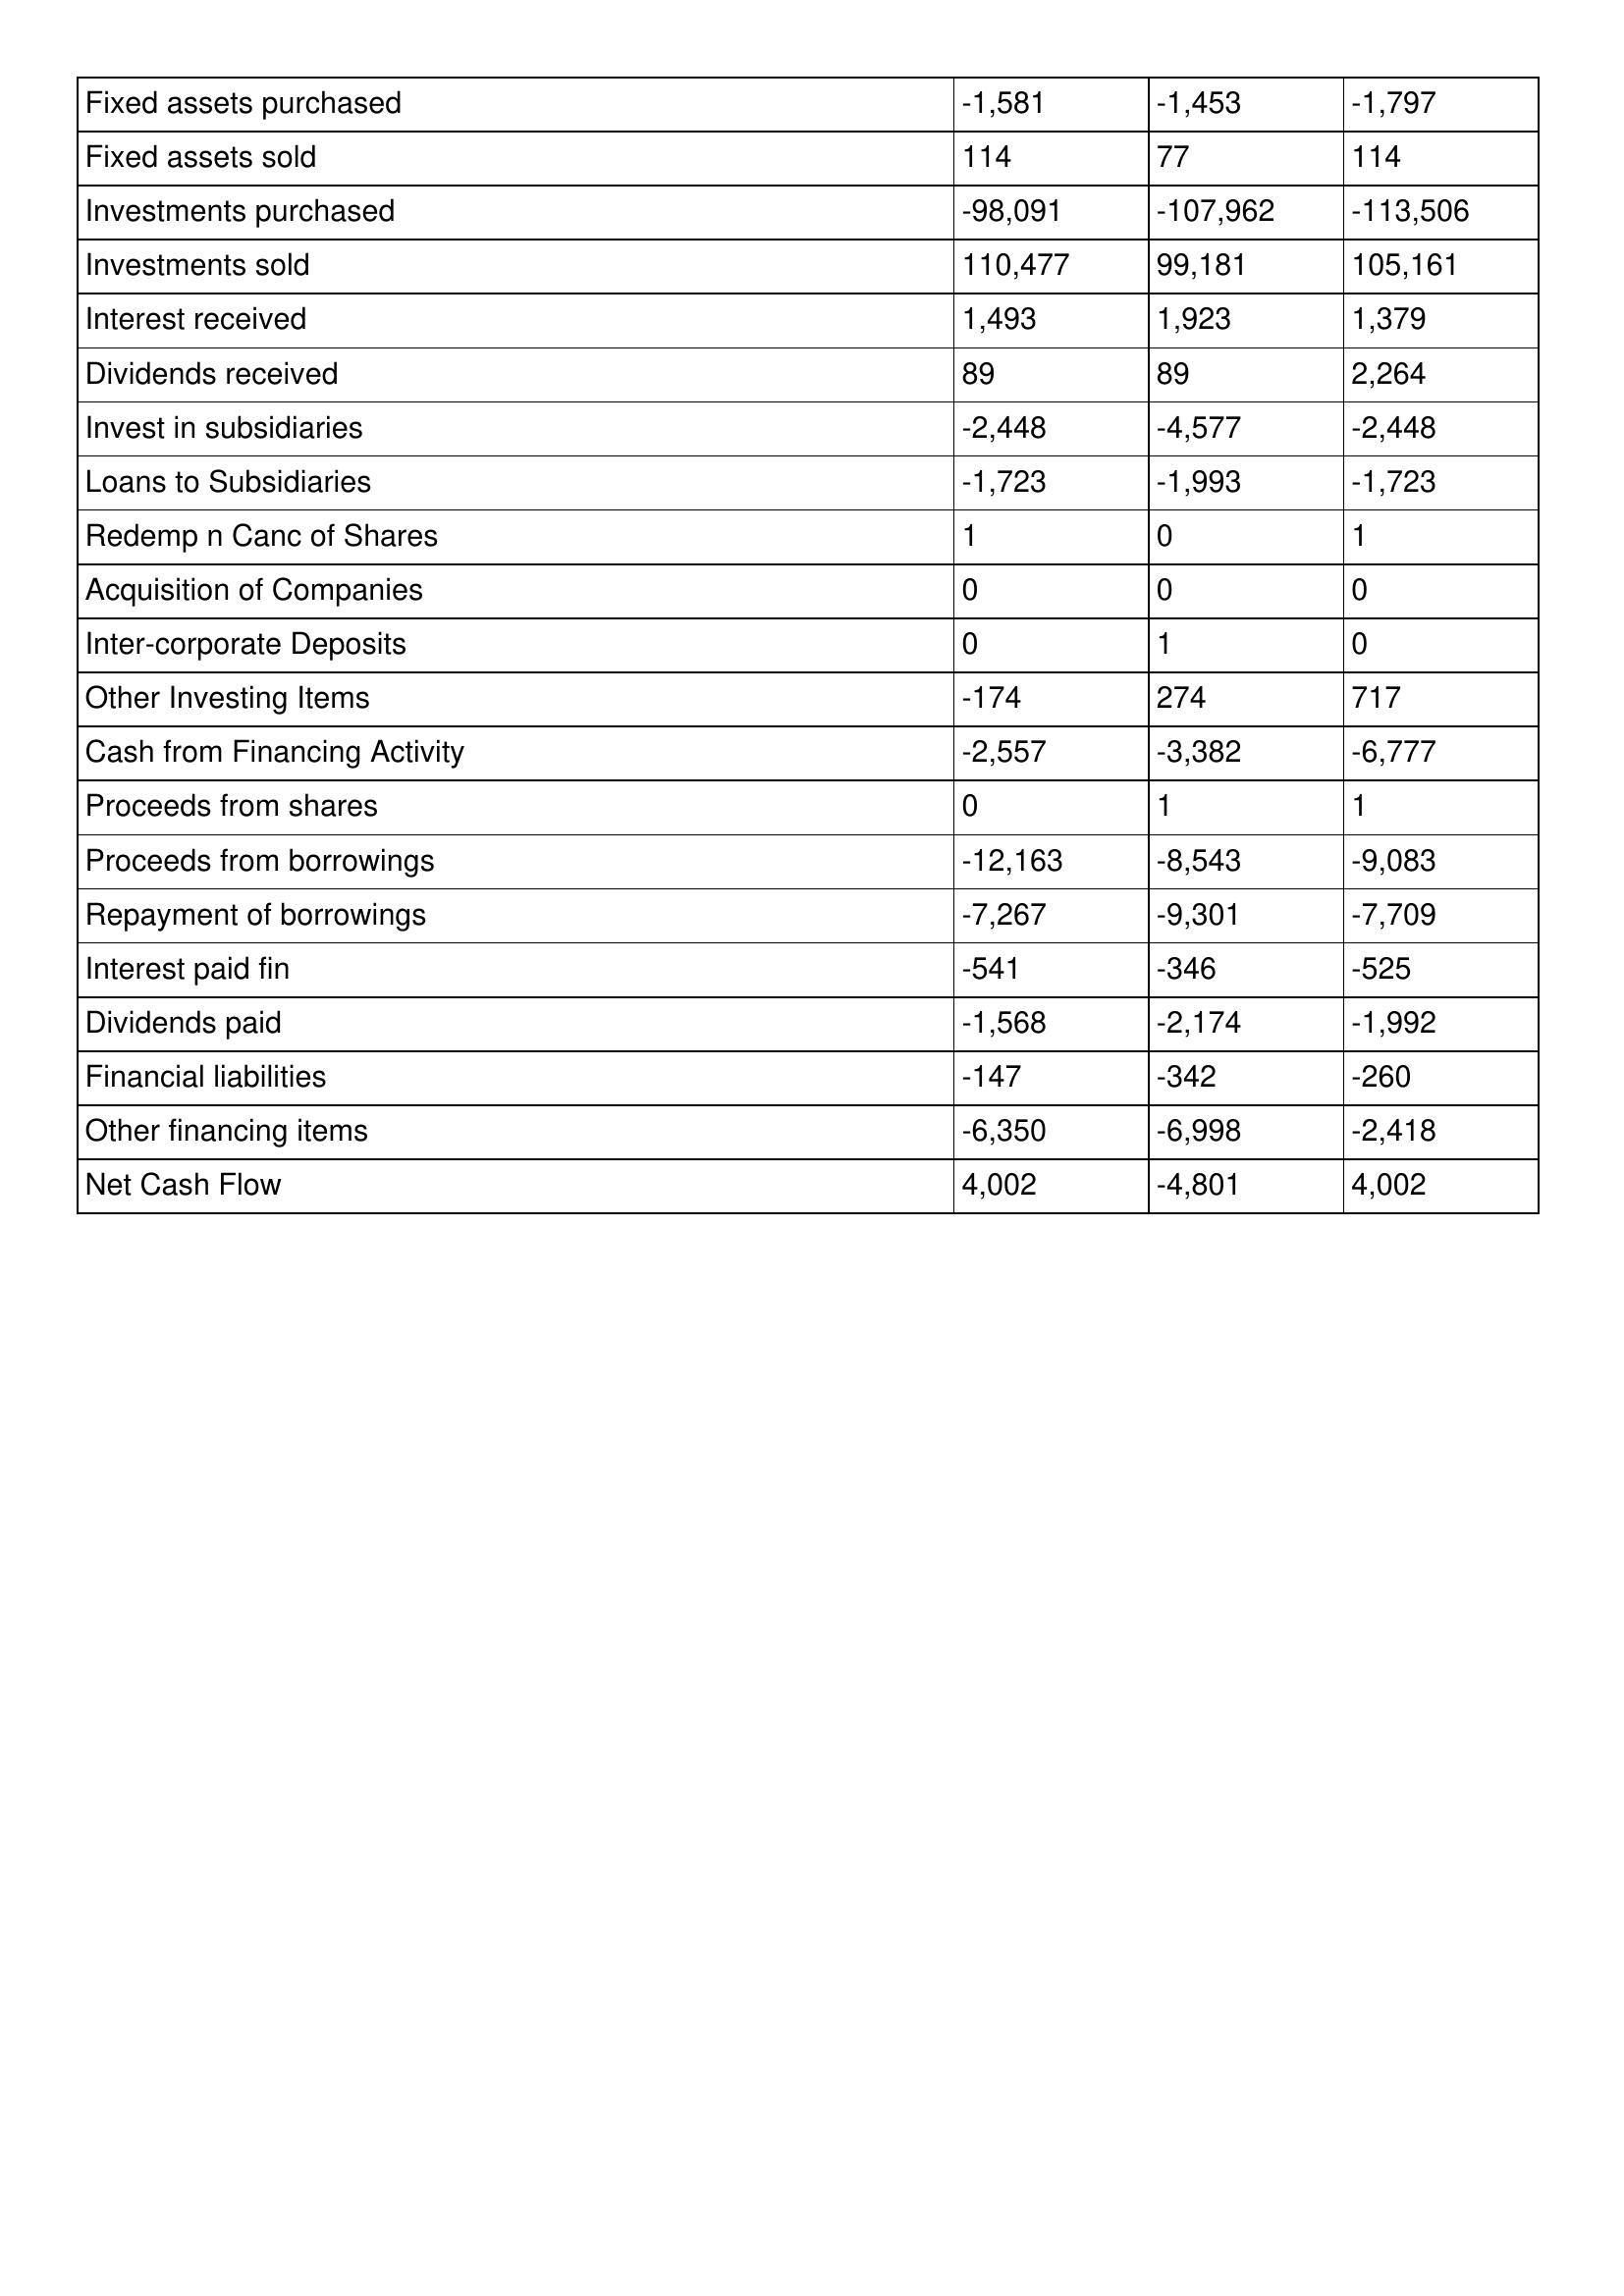
gt_parse: 1993: Cash Flows: Fixed assets purchased: -1,581
Fixed assets sold: 114
Investments purchased: -98,091
Investments sold: 110,477
Interest received: 1,493
Dividends received: 89
Invest in subsidiaries: -2,448
Loans to Subsidiaries: -1,723
Redemp n Canc of Shares: 1
Acquisition of Companies: 0
Inter-corporate Deposits: 0
Other Investing Items: -174
Cash from Financing Activity: -2,557
Proceeds from shares: 0
Proceeds from borrowings: -12,163
Repayment of borrowings: -7,267
Interest paid fin: -541
Dividends paid: -1,568
Financial liabilities: -147
Other financing items: -6,350
Net Cash Flow: 4,002
1992: Cash Flows: Fixed assets purchased: -1,453
Fixed assets sold: 77
Investments purchased: -107,962
Investments sold: 99,181
Interest received: 1,923
Dividends received: 89
Invest in subsidiaries: -4,577
Loans to Subsidiaries: -1,993
Redemp n Canc of Shares: 0
Acquisition of Companies: 0
Inter-corporate Deposits: 1
Other Investing Items: 274
Cash from Financing Activity: -3,382
Proceeds from shares: 1
Proceeds from borrowings: -8,543
Repayment of borrowings: -9,301
Interest paid fin: -346
Dividends paid: -2,174
Financial liabilities: -342
Other financing items: -6,998
Net Cash Flow: -4,801
1991: Cash Flows: Fixed assets purchased: -1,797
Fixed assets sold: 114
Investments purchased: -113,506
Investments sold: 105,161
Interest received: 1,379
Dividends received: 2,264
Invest in subsidiaries: -2,448
Loans to Subsidiaries: -1,723
Redemp n Canc of Shares: 1
Acquisition of Companies: 0
Inter-corporate Deposits: 0
Other Investing Items: 717
Cash from Financing Activity: -6,777
Proceeds from shares: 1
Proceeds from borrowings: -9,083
Repayment of borrowings: -7,709
Interest paid fin: -525
Dividends paid: -1,992
Financial liabilities: -260
Other financing items: -2,418
Net Cash Flow: 4,002